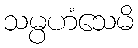
သမ္ပဟံသေမိ